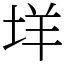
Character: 垟